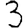
Digit: 3